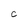
Character: C